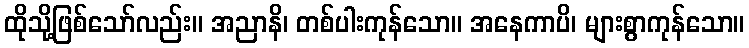
ထိုသို့ဖြစ်သော်လည်း။ အညာနိ၊ တစ်ပါးကုန်သော။ အနေကာပိ၊ များစွာကုန်သော။